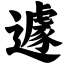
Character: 遽